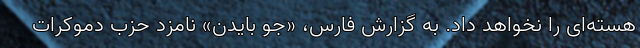
هسته‌ای را نخواهد داد. به گزارش فارس، «جو بایدن» نامزد حزب دموکرات